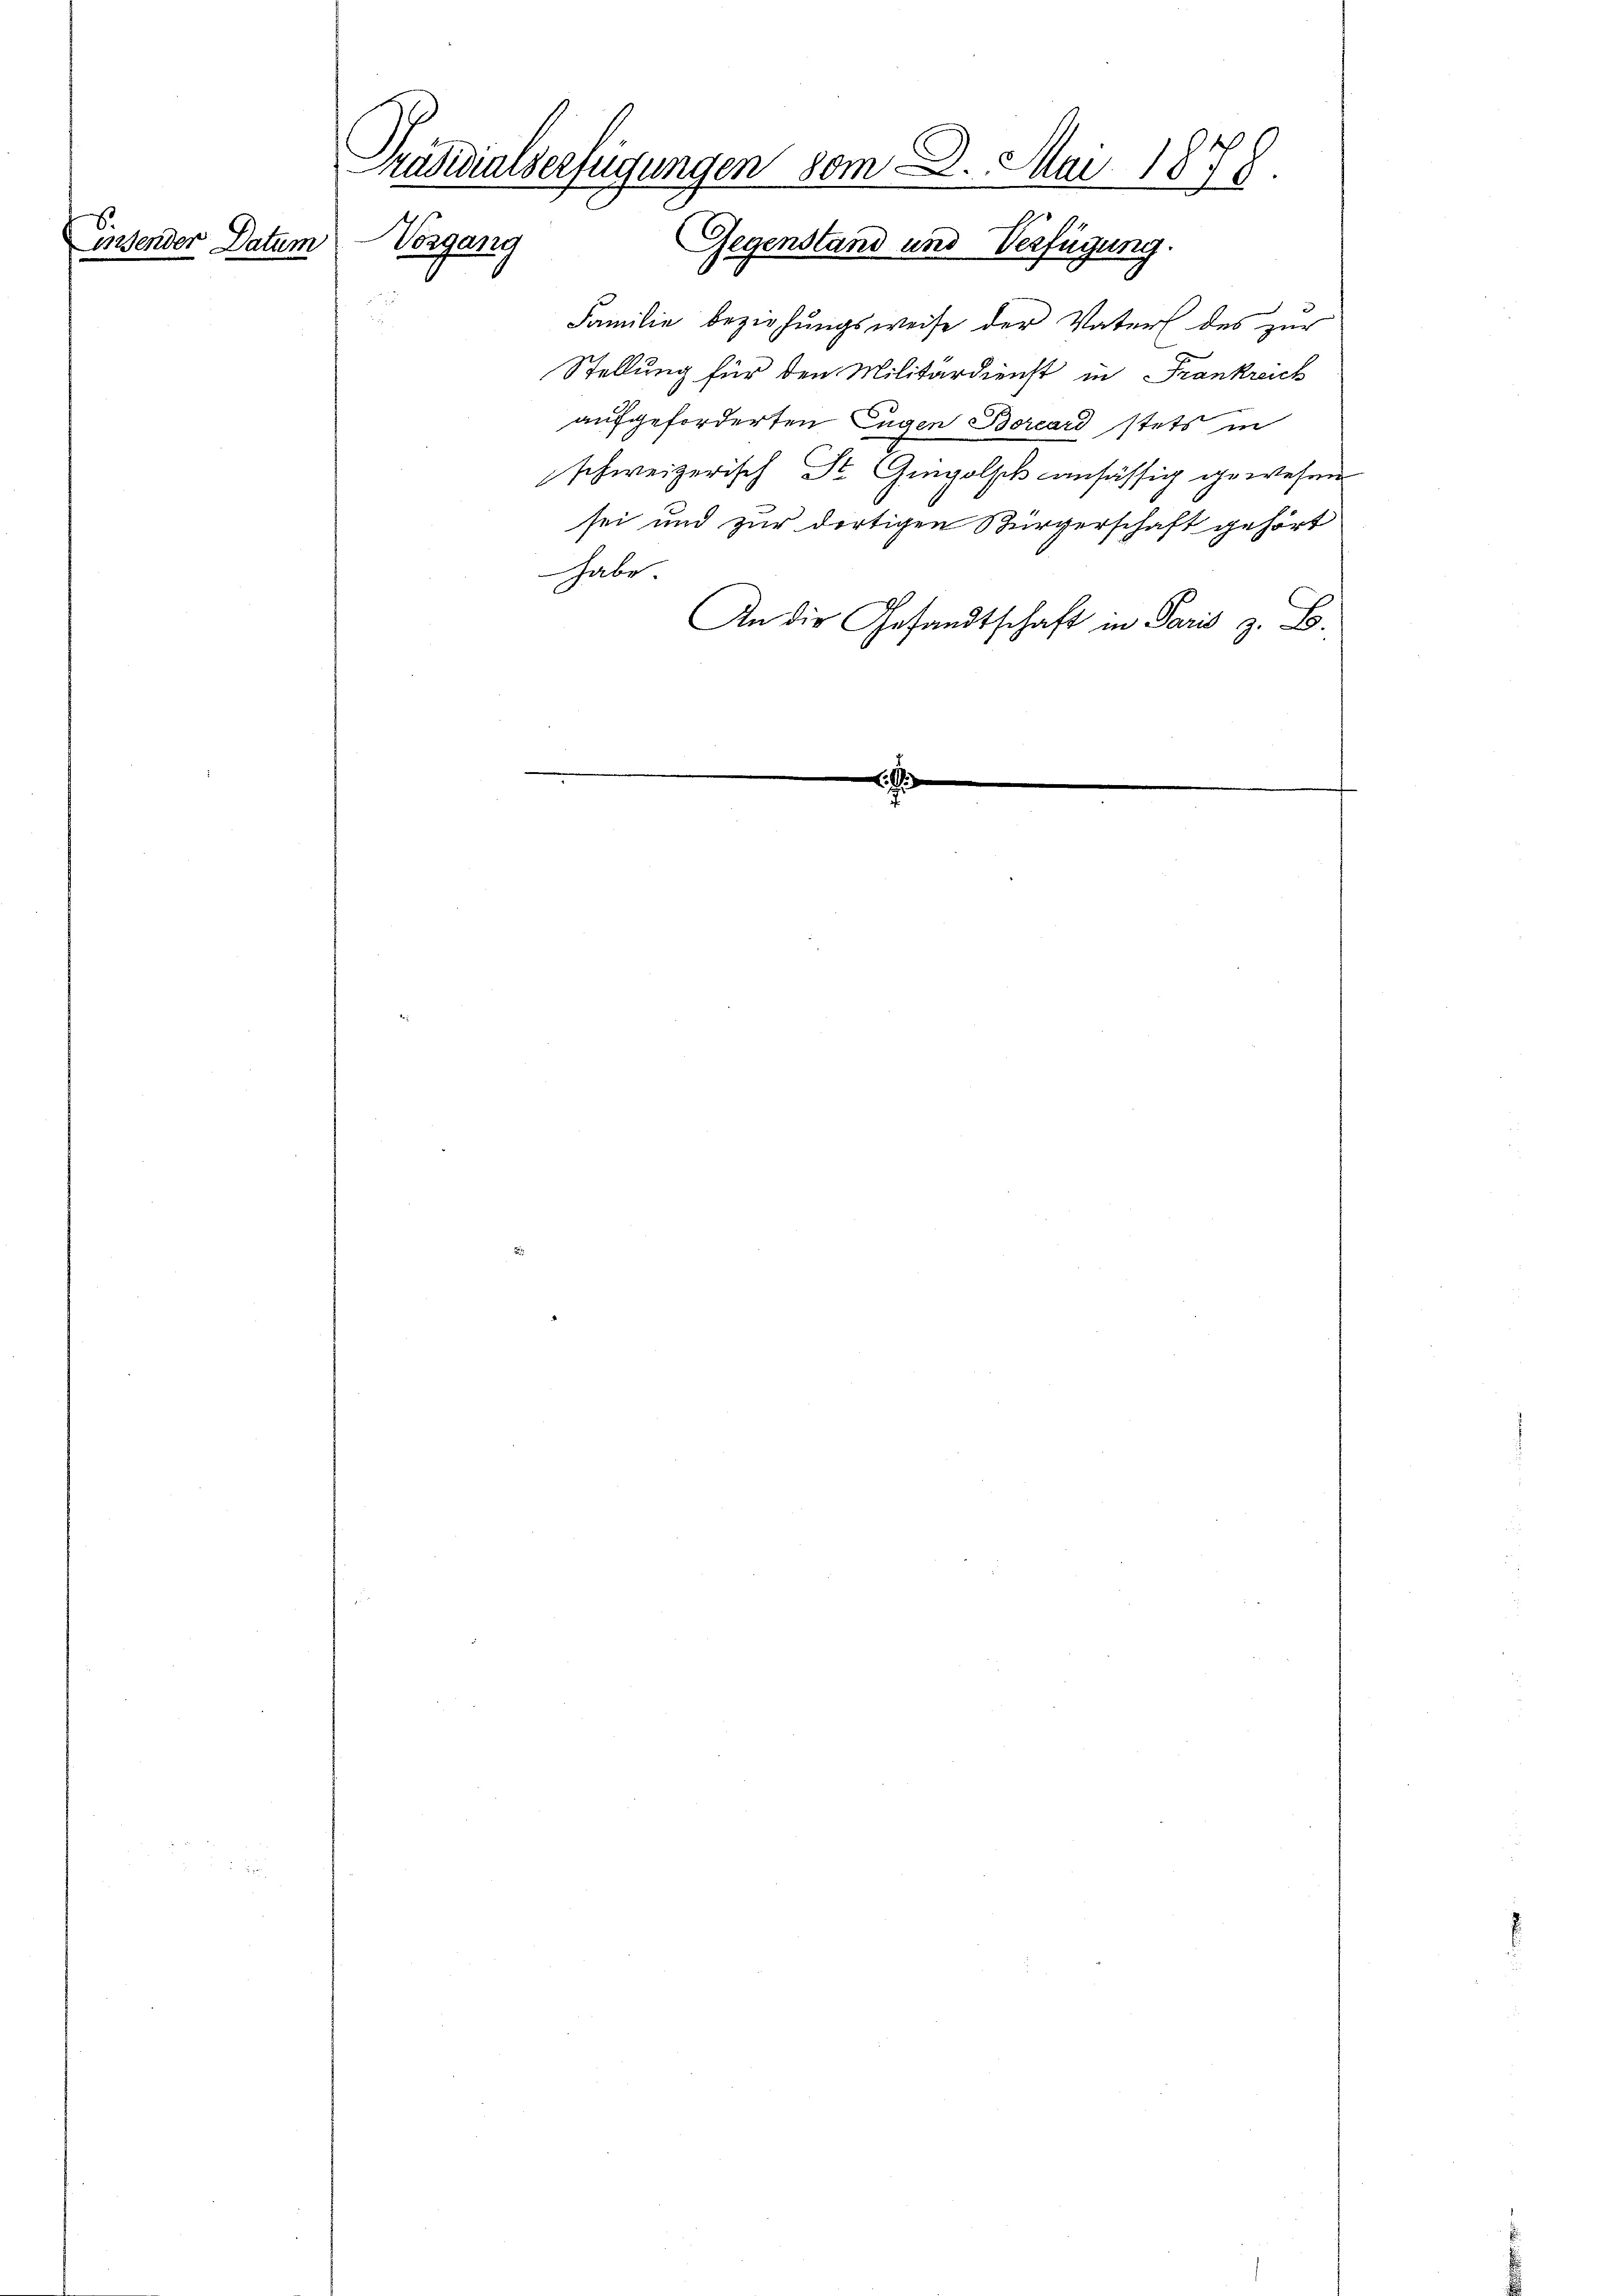
insender Datum

Präsidialverfügungen vom 8. Mai 1878.
Vergang
Gegenstand und Verfügung.

Familie beziehŭngsweise der Vater des zur
Stellung für den Militärdienst in Frankreich
aufgeforderten Eugen Borcard stets in
schweizerisch St. Gingolsch ansässig gewesen
sei und zur dortigen Bürgerschaft gehört
habe
An die Gesandtschaft in Paris z. B.